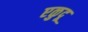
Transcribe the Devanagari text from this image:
एळुदू